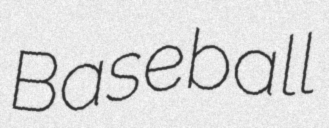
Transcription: Baseball